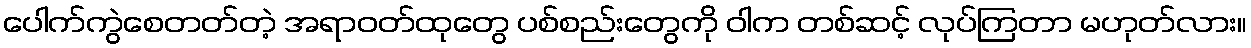
ပေါက်ကွဲစေတတ်တဲ့ အရာဝတ်ထုတွေ ပစ်စည်းတွေကို ဝါက တစ်ဆင့် လုပ်ကြတာ မဟုတ်လား။